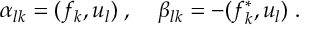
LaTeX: \alpha _ { l k } = ( f _ { k } , u _ { l } ) \; , \; \; \; \; \beta _ { l k } = - ( f _ { k } ^ { * } , u _ { l } ) \; .